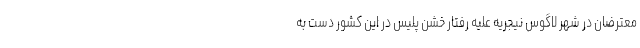
معترضان در شهر لاگوس نیجریه علیه رفتار خشن پلیس در این کشور دست به